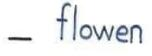
- flowen